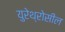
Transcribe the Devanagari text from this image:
युरेथ्रोसील